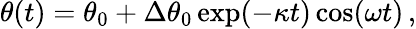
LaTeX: \begin{array}{r}{\theta(t)=\theta_{0}+\Delta\theta_{0}\exp(-\kappa t)\cos(\omega t)\, ,}\end{array}